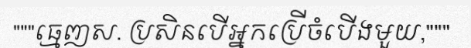
"""ធ្មេញស. ប្រសិនបើអ្នកប្រើចំបើងមួយ,"""